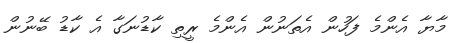
މާޔާ އެންމެ ފަހުން އެތަނުން އެންމެ ރީތި ކާޑުނަގާ އެ ކާޑު ބޭނުން